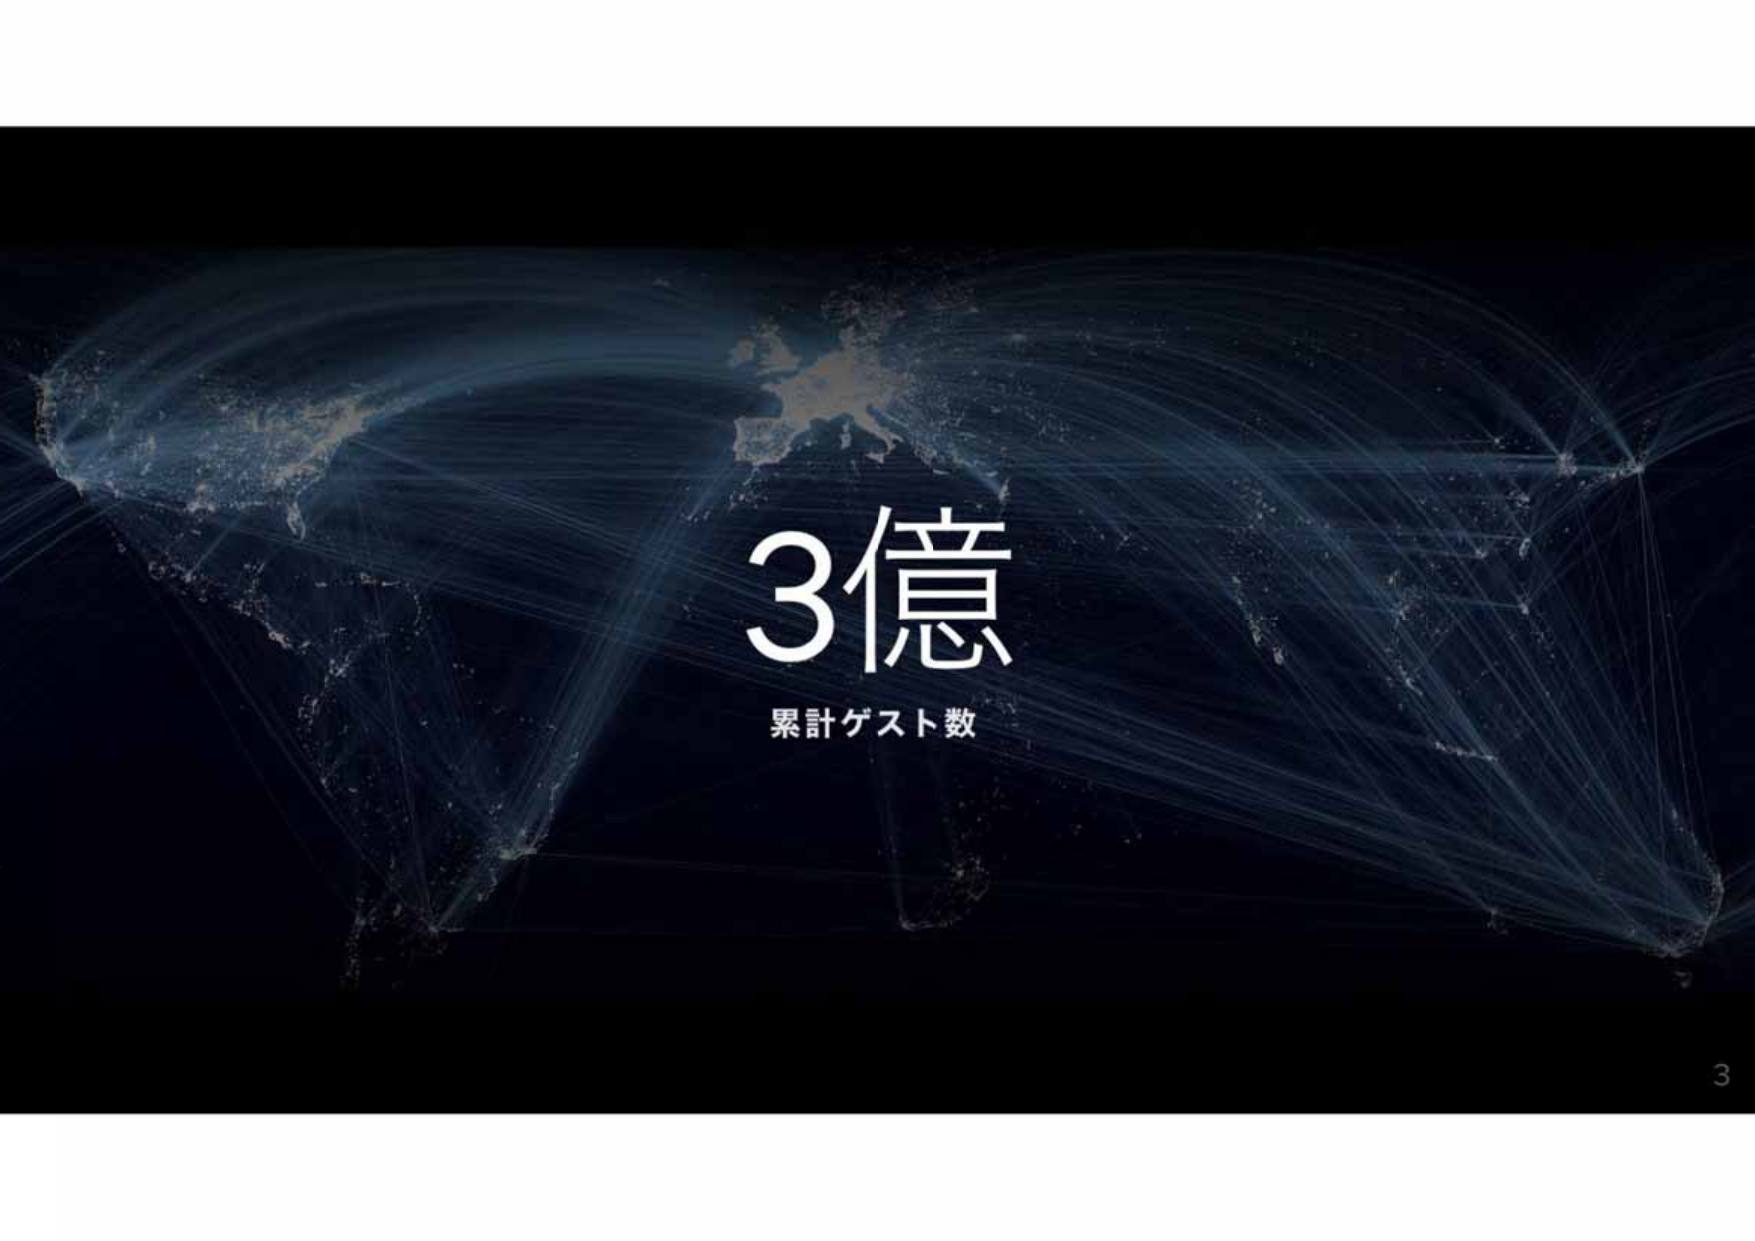
3億
累計ゲスト数
3